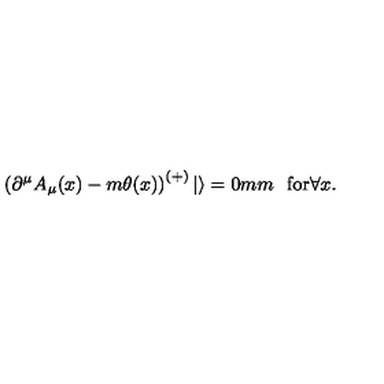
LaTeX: \left( \partial ^ { \mu } A _ { \mu } ( x ) - m \theta ( x ) \right) ^ { ( + ) } | \rangle = 0 \makebox [ 7 m m ] { } \mathrm { f o r } \forall x .